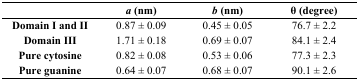
<table><thead><tr><td></td><td><b><i>a</i> (nm)</b></td><td><b><i>b</i> (nm)</b></td><td><b>θ (degree)</b></td></tr></thead><tbody><tr><td><b>Domain I and II</b></td><td>0.87 ± 0.09</td><td>0.45 ± 0.05</td><td>76.7 ± 2.2</td></tr><tr><td><b>Domain III</b></td><td>1.71 ± 0.18</td><td>0.69 ± 0.07</td><td>84.1 ± 2.4</td></tr><tr><td><b>Pure cytosine</b></td><td>0.82 ± 0.08</td><td>0.53 ± 0.06</td><td>77.3 ± 2.3</td></tr><tr><td><b>Pure guanine</b></td><td>0.64 ± 0.07</td><td>0.68 ± 0.07</td><td>90.1 ± 2.6</td></tr></tbody></table>